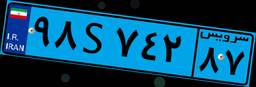
۲۹S۳۰۸۵۶